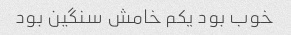
خوب بود یکم خامش سنگین بود